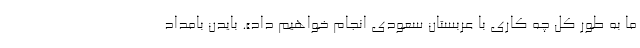
ما به طور کل چه کاری با عربستان سعودی انجام خواهیم داد». بایدن بامداد